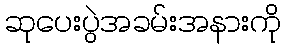
ဆုပေးပွဲအခမ်းအနားကို